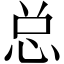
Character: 总